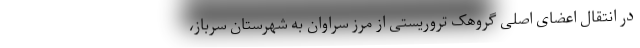
در انتقال اعضای اصلی گروهک تروریستی از مرز سراوان به شهرستان سرباز،